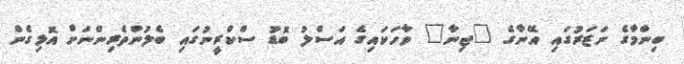
ބިންމާގެ ނަޒަރުގައި އޭނާގެ "ޖިނާ" ވާހަކައިގެ އަސްލު ބޮޑު ސްކްރީނުގައި ބެލުންތެރިންނަށް އޮޅިގެން